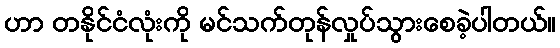
ဟာ တနိုင်ငံလုံးကို မင်သက်တုန်လှုပ်သွားစေခဲ့ပါတယ်။